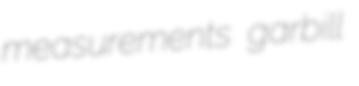
measurements garbill